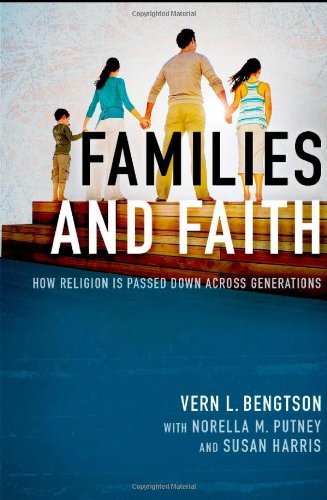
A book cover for Families and Faith: How Religion is Passed Down across Generations; Vern L. Bengtson; Religion & Spirituality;